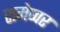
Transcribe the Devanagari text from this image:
रामेष्वर